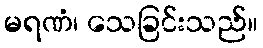
မရဏံ၊ သေခြင်းသည်။